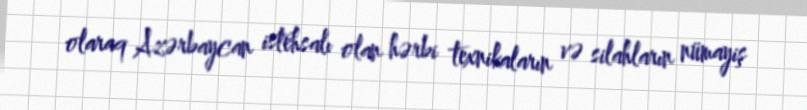
olaraq Azərbaycan istehsalı olan hərbi texnikaların və silahların nümayiş